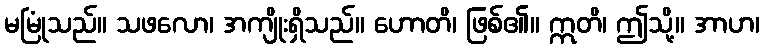
မမြုံသည်။ သဖလော၊ အကျိုးရှိသည်။ ဟောတိ၊ ဖြစ်၏။ ဣတိ၊ ဤသို့။ အာဟ၊